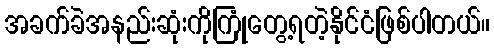
အခက်ခဲအနည်းဆုံးကိုကြုံတွေ့ရတဲ့နိုင်ငံဖြစ်ပါတယ်။